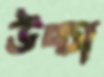
উচ্চা